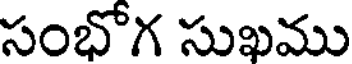
సంభోగ సుఖము